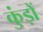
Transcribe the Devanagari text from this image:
कुंड़ों